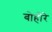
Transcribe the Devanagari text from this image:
बोहोरे